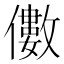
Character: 𠐍